Annual administration and progress report of the Indian Medical Department, Bombay
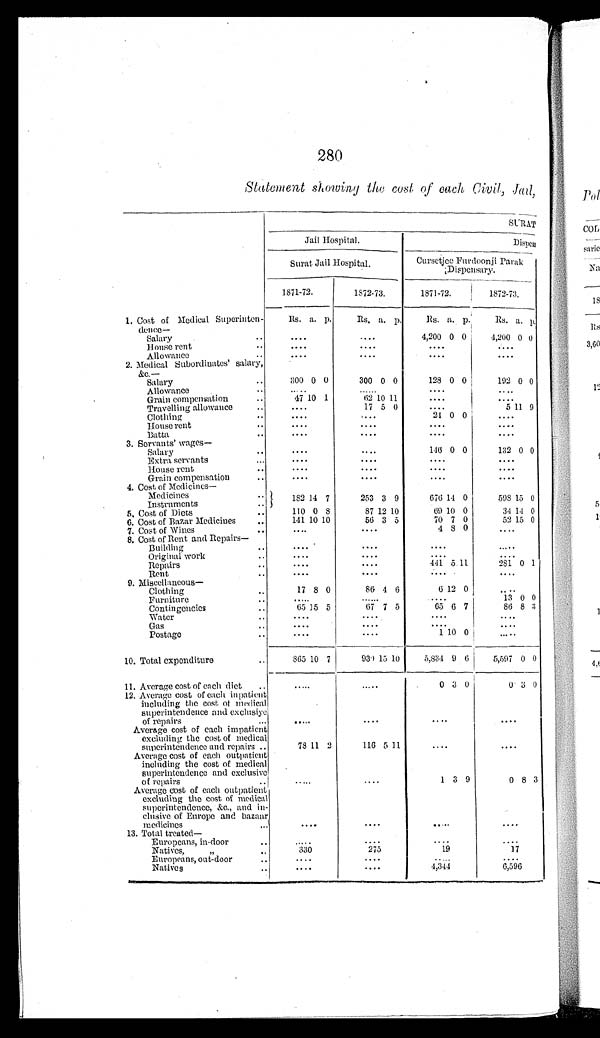
280
Statement showing the cost of each, Civil, Jail,
SURAT
Jail Hospital.
Dispen
Surat Jail Hospital.
Cursetjee Furdoonji Parak
Dispensary.
1871-72.
1872-73.
1871-72.
1872-73.
1. Cost of Medical Superinten-
dence—
Rs. a. p.
R s .
a. p.
Rs. a. p.
Rs. a. p.
Salary. . .
. . .
. . .
4,200 0 0
4,200 0 0
House rent...
. . .
. . .
. . .
. . .
Allowance. . .
. . .
. . .
. . .
. . .
2. Medical Subordinates' salary,
&c.—
Salary. . .
3 0 0 0 0
300 0 0
128 0 0
192 0 0
Allowance . . .
. . .
. . .
. . .
. . .
Grain compensation. . .
4 7 10 1
62 10 11
. . .
. . .
T r a v e l l i n g a l l o w a n c e . . .
. . .
17 5 0
. . .
5 11 9
Clothing. . .
. . .
. . .
24
0 0
. . .
House rent . . .
. . .
. . .
. . .
. . .
B a t t a . . .
. . .
. . .
. . .
. . .
3. Servants' wages—
S a l a r y . . .
. . .
. . .
1 4 6
0 0
132 0 0
Extra servants. . .
. . .
. . .
. . .
. . .
House rent. . .
. . .
. . .
. . .
. . .
Grain compensation. . .
. . .
. . .
. . .
. . .
4. Cost of Medicines—
Medicines
182 14 7
253 3 9
676 14 0
598 15 0
Instruments . . .
110 0
8
87 12 10
6 9
10 0
34 14 0
5. Cost of Diets . . .
6. Cost of Bazar Medicines. . .
1 4 1 10 10
56 3 5
70 7 0
52 15 0
7. Cost of Wines. . .
. . .
. . .
4 8 0
. . .
8. Cost of Rent and Repairs—
Building. . .
. . .
. . .
. . .
. . .
Original work. . .
. . .
. . .
. . .
. . .
Repairs . . .
. . .
. . .
441 5
1 1
281 0 1
Rent . . .
. . .
. . .
. . .
. . .
9. Miscellaneous—
Clothing . . .
17 8 0
86 4 6
6 12 0
. . .
Furniture. . .
. . .
. . .
. . .
13 0 0
Contingencies. . .
65 15 5
67 7 5
65 6 7
86 8 3
Water. . .
. . .
. . .
. . .
. . .
Gas
. . .
. . .
. . .
. . .
. . .
Postage . . .
. . .
. . .
1 10 0
. . .
10. Total expenditure . . .
8 6 5 10
7
930 15 10
5,834 9 6
5,597 0 0
11. Average cost of each diet . . .
. . .
. . .
0 3 0
0 3 0
12. Average cost of each inpatient
including the cost of medical
superintendence and exclusive
of repairs. . .
. . .
. . .
. . .
. . .
Average cost of each impatient
excluding the cost of medical
superintendence and repairs . . .
78 11 2
116 5 11
. . .
. . .
Average cost of each outpatient
including the cost of medical
superintendence and exclusive
of repairs. . .
. . .
. . .
1 3 9
0 8 3
Average cost of each outpatient
excluding the cost, of medical
superintendence, &c., and in-
clusive of Europe and bazaar
medicines . . .
. . .
. . .
. . .
. . .
13. Total treated—
Europeans, in-door. . .
. . .
. . .
. . .
. . .
Natives, "
330
275
19
17
Europeans, out-door . . .
. . .
. . .
. . .
. . .
Natives . . .
. . .
. . .
4,344
6,596